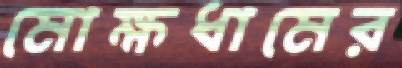
মোক্ষধামের